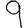
Digit: 9